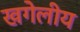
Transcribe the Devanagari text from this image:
खगेलीय